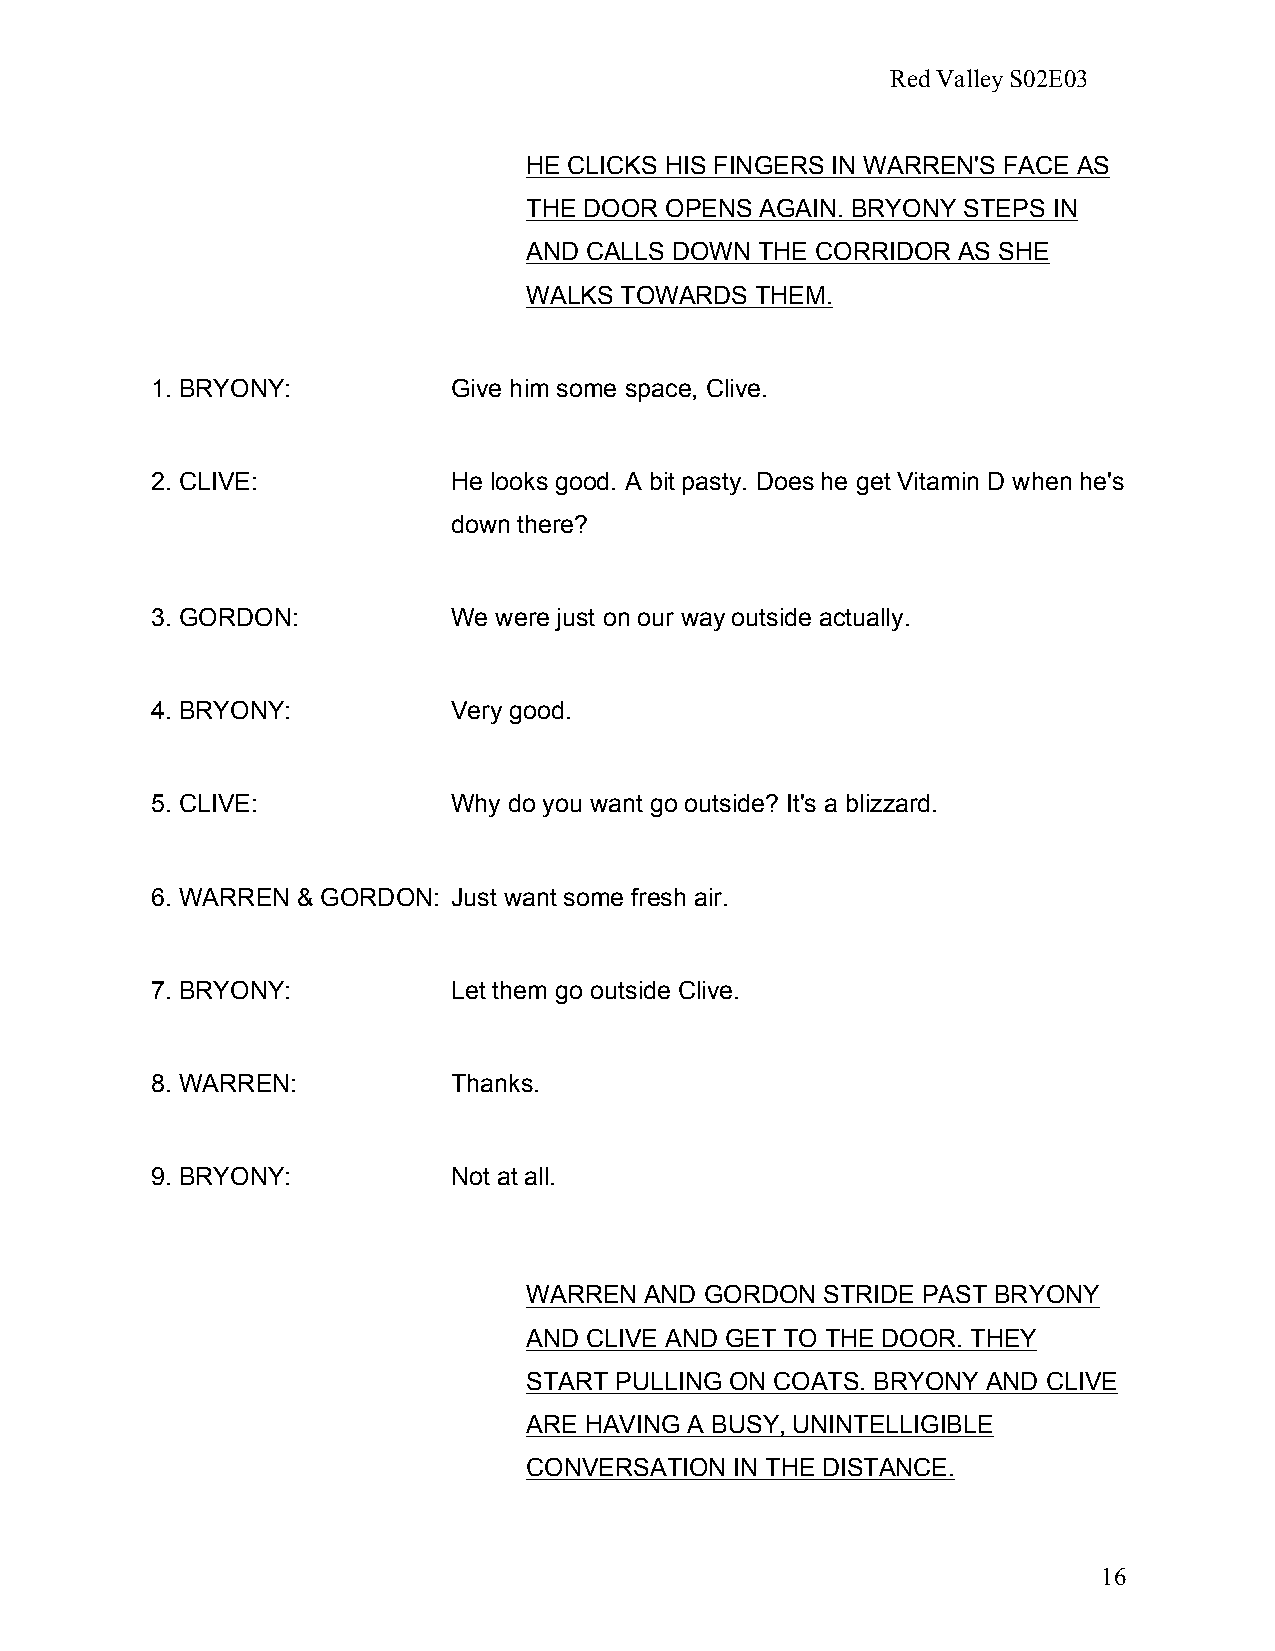
Red Valley S02E03
 HE CLICKS HIS FINGERS IN WARREN'S FACE AS
 THE DOOR OPENS AGAIN. BRYONY STEPS IN
 AND CALLS DOWN THE CORRIDOR AS SHE
 WALKS TOWARDS  THEM.
 1. BRYONY:          Give him some space, Clive.
 2. CLIVE:           He looks good. A bit pasty. Does he get Vitamin D when he's
 down there?
 3. GORDON:          We were just on our way outside actually.
 4. BRYONY:          Very good.
 5. CLIVE:           Why do you want go outside? It's a blizzard.
 6. WARREN & GORDON: Just want some fresh air.
 7. BRYONY:          Let them go outside Clive.
 8. WARREN:          Thanks.
 9. BRYONY:          Not at all.
 WARREN  AND GORDON STRIDE PAST BRYONY
 AND CLIVE AND GET TO THE DOOR. THEY
 START PULLING ON COATS. BRYONY AND CLIVE
 ARE HAVING A BUSY, UNINTELLIGIBLE
 CONVERSATION  IN THE DISTANCE.
 16